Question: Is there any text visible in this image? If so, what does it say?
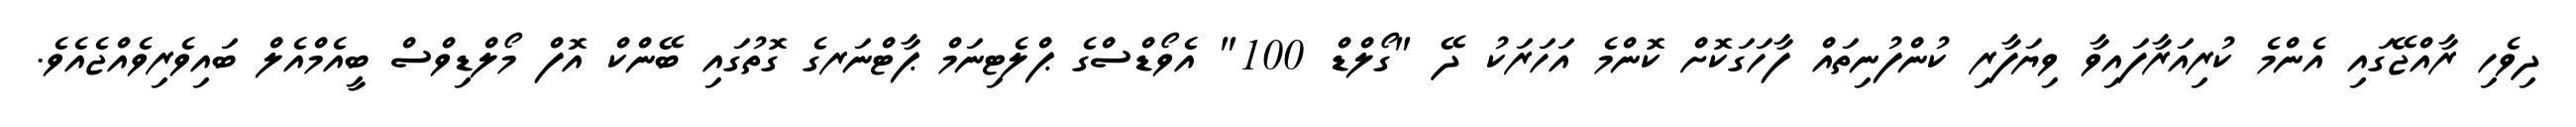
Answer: ދިވެހި ރާއްޖޭގައި އެންމެ ކުރިއަރާފައިވާ ވިޔަފާރި ކުންފުނިތައް ފާހަގަކޮށް ކޮންމެ އަހަރަކު ދޭ "ގޯލްޑް 100" އެވޯޑްސްގެ ޕްލެޓިނަމް ޕާޓްނަރގެ ގޮތުގައި ބޭންކް އޮފް މޯލްޑިވްސް ބީއެމްއެލް ބައިވެރިވެއްޖެއެވެ.